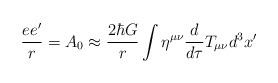
LaTeX: \begin{align*}\frac{ee'}{r} = A_0 \approx \frac{2\hbar G}{r}\int \eta^{\mu \nu}\frac{d}{d\tau}T_{\mu \nu} d^3 x'\end{align*}